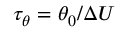
\tau _ { \theta } = \theta _ { 0 } / \Delta U